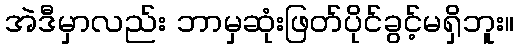
အဲဒီမှာလည်း ဘာမှဆုံးဖြတ်ပိုင်ခွင့်မရှိဘူး။